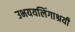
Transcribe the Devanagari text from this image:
उभययलिंगाश्रयी